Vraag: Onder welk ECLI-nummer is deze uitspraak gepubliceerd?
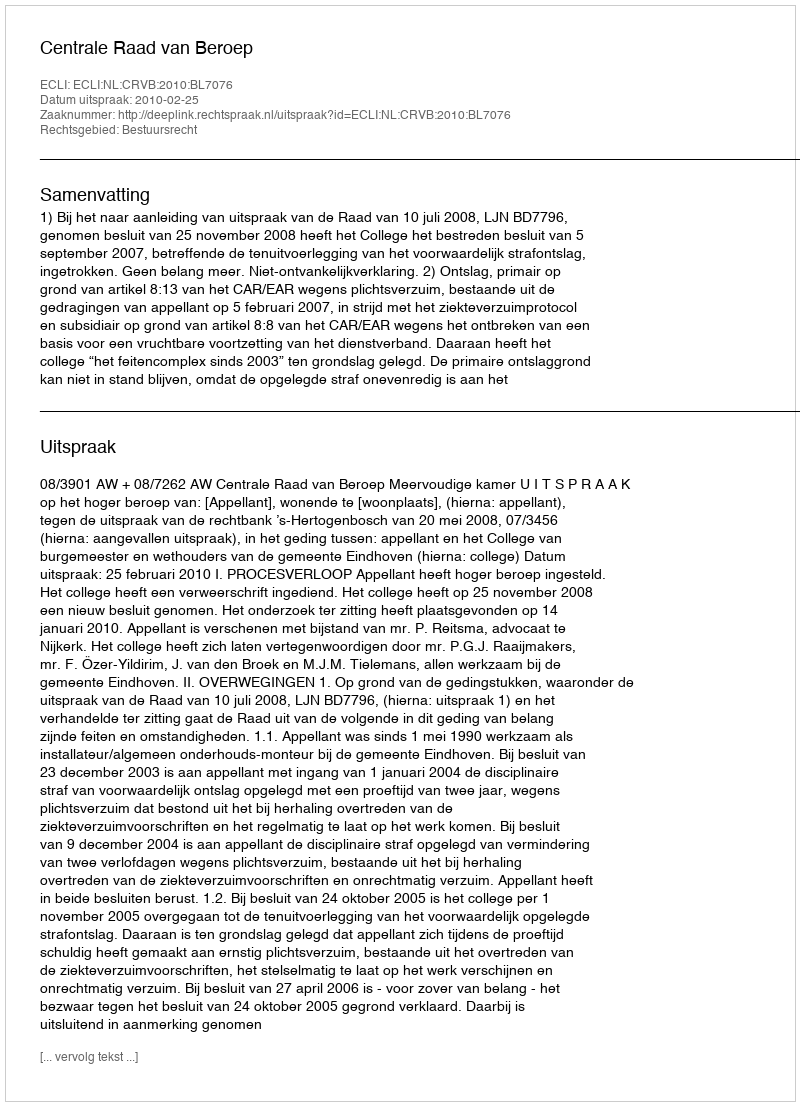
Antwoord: ECLI:NL:CRVB:2010:BL7076